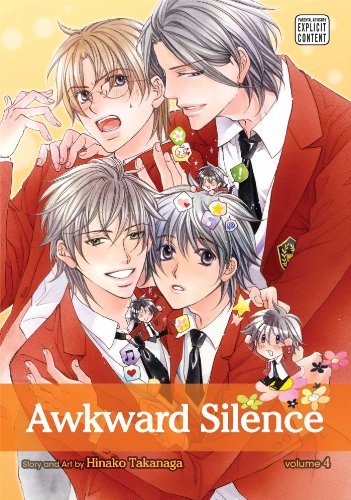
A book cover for Awkward Silence, Vol. 4; Hinako Takanaga; Comics & Graphic Novels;